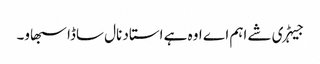
جیہڑی شے اہم اے اوہ ہے استاد نال ساڈا سبھاو۔